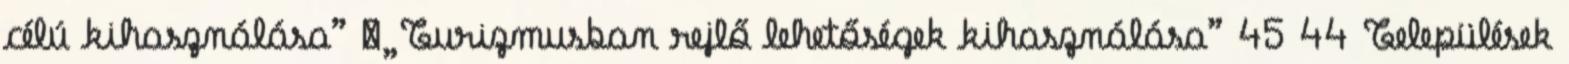
célú kihasználása” ▪„Turizmusban rejlő lehetőségek kihasználása” 45 44 Települések